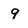
Character: 9